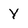
Character: Y